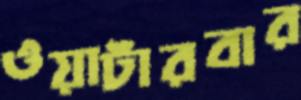
ওয়াটারবার